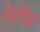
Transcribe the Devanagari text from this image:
येलोवा